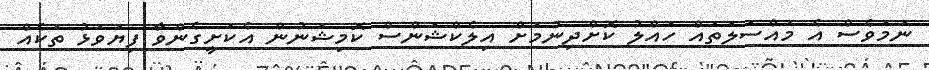
ނަމަވެސް އެ މައްސަލަތައް ހައްލު ކޮށްދިނުމަށް އިލެކްޝަންސް ކޮމިޝަނުން އެކަށީގެންވާ ފިޔަވަޅު ތަކެއް